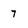
Character: 7